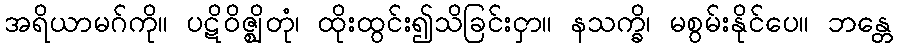
အရိယာမဂ်ကို။ ပဋိဝိဇ္ဈိတုံ၊ ထိုးထွင်း၍သိခြင်းငှာ။ နသက္ခိ၊ မစွမ်းနိုင်ပေ။ ဘန္တေ